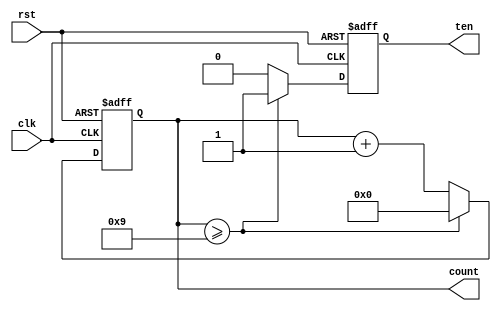
`timescale 1ns / 1ps
//////////////////////////////////////////////////////////////////////////////////
// Company: 
// Engineer: 
// 
// Design Name: 
// Module Name: decade_counter
// Project Name: 
// Target Devices: 
// Tool Versions: 
// Description: 
// 
// Dependencies: 
// 
// Revision:
// Revision 0.01 - File Created
// Additional Comments:
// 
//////////////////////////////////////////////////////////////////////////////////

module decade_counter(

    input clk,
    input rst, 
    output [3:0] count,
    output ten

    );

reg [3:0] new_count;
reg new_ten;
assign count = new_count;
assign ten = new_ten;

always @(posedge clk or posedge rst) 
begin
    
    if (rst) 
    begin
        new_ten <= 4'b0000;
        new_count <= 4'b0000;
    end

    else 
    begin
        if (count >= 4'b1001) 
        begin
            new_ten <= 4'b0001;
            new_count <= 4'b0000;
        end 
        
        else 
        begin
            new_count <= new_count + 4'b0001;
            new_ten <= 4'b0000;
        end
    end

end

endmodule


//DECIMAL below for testing logic

/*
module decade_counter(

    input clk,
    input rst, 
    output [3:0] count,
    output ten

    );

reg [3:0] new_count;
reg new_ten;
assign count = new_count;
assign ten = new_ten;

always @(posedge clk or posedge rst) 
begin
    
    if (rst) 
    begin
        new_ten <= 0;
        new_count <= 0;
    end

    else 
    begin

        if (count >= 9) 
        begin
            new_ten <= 1;
            new_count <= 0;
        end 
        
        else 
        begin
            new_count <= new_count + 1;
            new_ten <= 0;
        end

    end

end

endmodule
*/